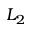
L _ { 2 }